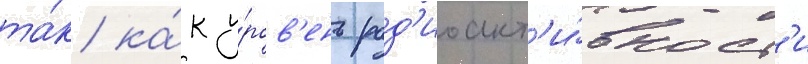
та́к ка́к у́ров'ень рад'иоакт'и́вност'и